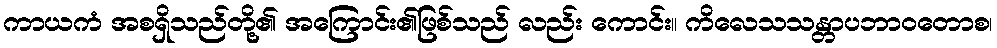
ကာယကံ အစရှိသည်တို့၏ အကြောင်း၏ဖြစ်သည် လည်း ကောင်း။ ကိလေသသန္တာပဘာဝတောစ၊